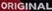
ORIGINAL